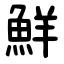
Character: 鮮